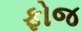
ફોજ